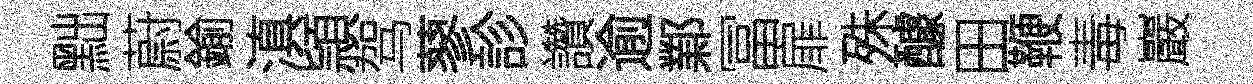
黜蔚鍮滇頴驾蓼診讚逾鄴冨扉殊醵田鞭毒巖